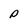
Character: P